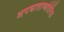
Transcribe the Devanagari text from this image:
अपघातांव्यतिरिक्त